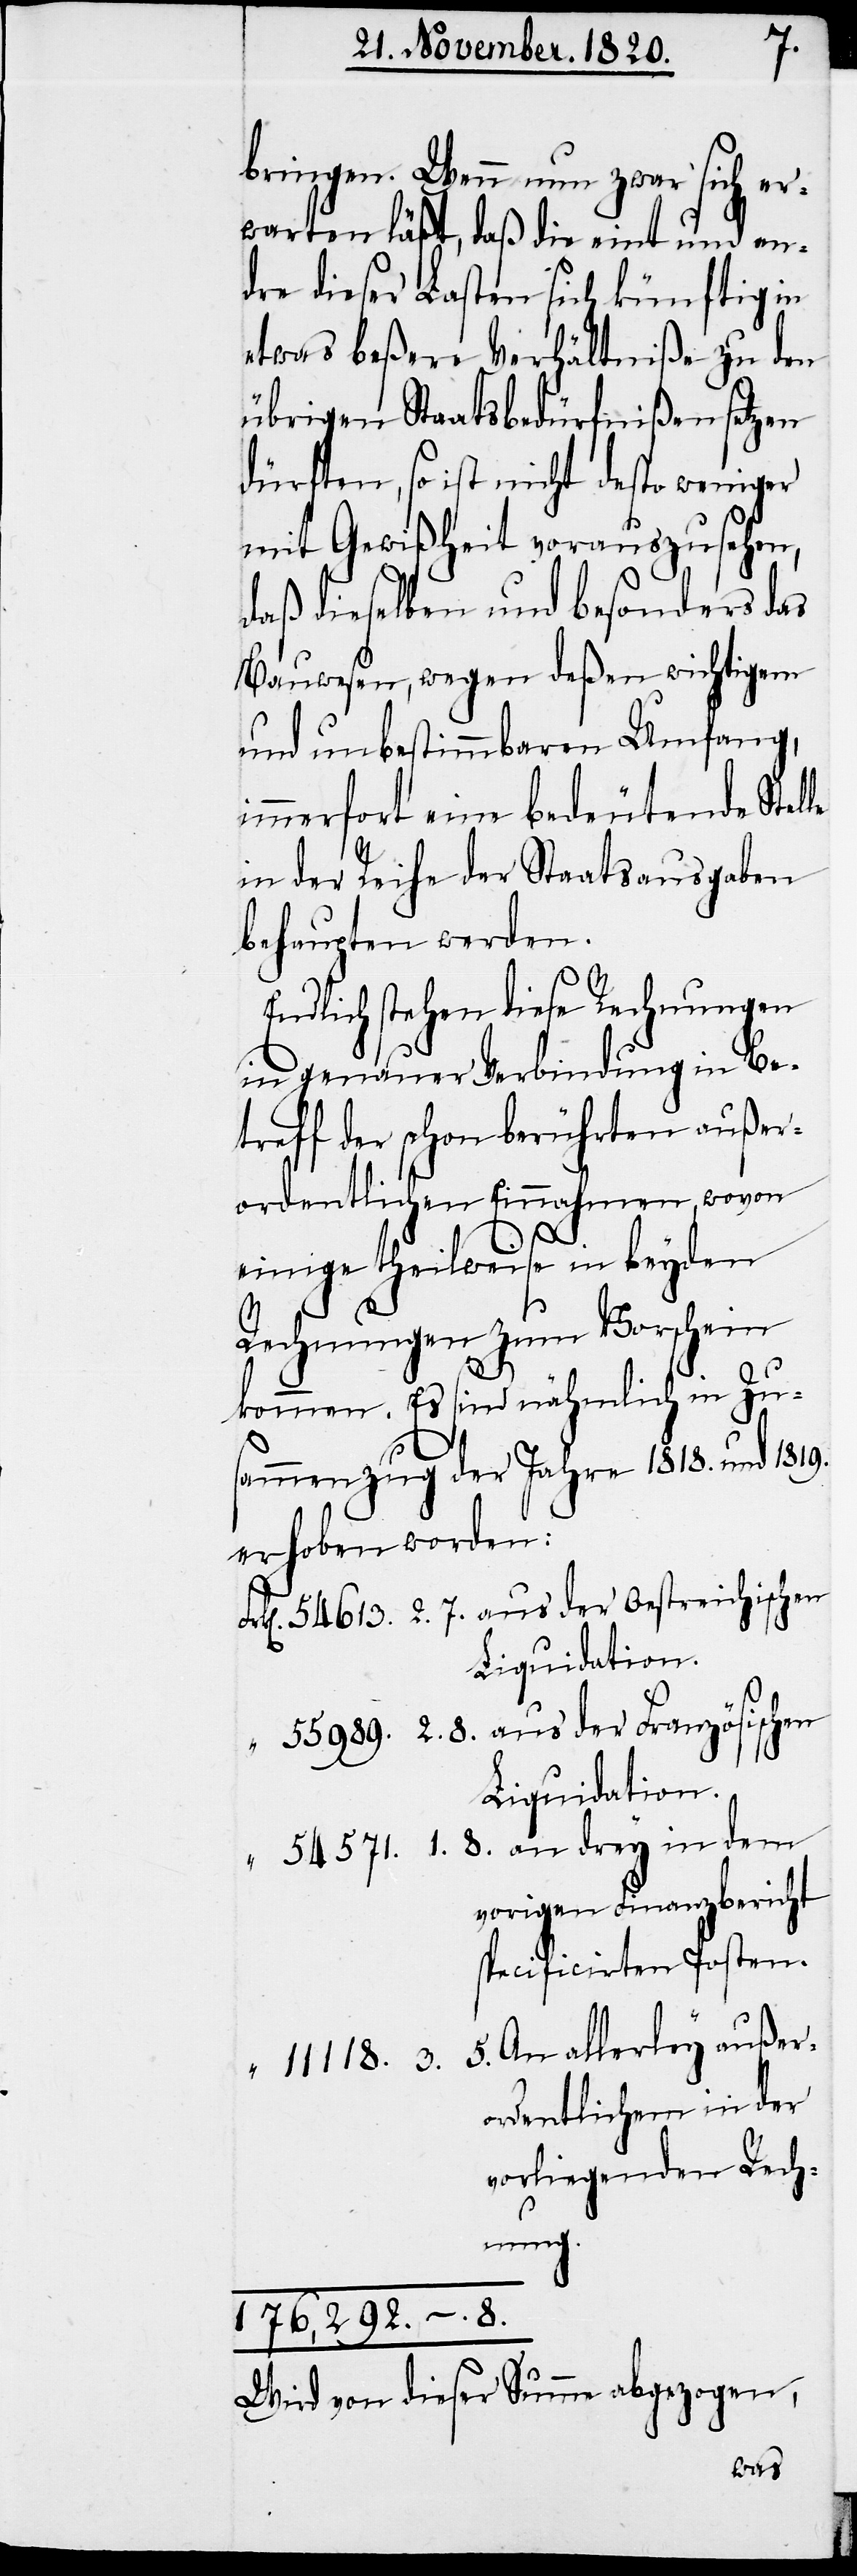
bringen. Wenn nun zwar sich er¬
warten läßt, daß die eint und an¬
dre dieser Lasten sich künftig in
etwas beßere Verhältniße zu den
übrigen Staatsbedürfnißen setzen
dürften, so ist nicht desto weniger
mit Gewißheit vorauszusehen,
daß dieselben und besonders das
Bauwesen, wegen deßen wichtigem
und unbestimmbaren Umfang,
immerfort eine bedeutende Stelle
in der Reihe der Staatsausgaben
behaupten werden.
Endlich stehen diese Rechnungen
in genauer Verbindung in Be¬
treff der schon berührten außer¬
ordentlichen Einnahmen, wovon
einige theilweise in beyden
1.
Rechnungen zum Vorschein
5.
Zu¬
kommen. Es sind nähmlich
sammenzug der Jahre 1818. und 1819.
erhoben worden:
Liquidation.
vorigen Finanzbericht
specificirten Posten.
An allerley außer¬
11 118. 3.
ordentlichen in der
vorliegenden Rech¬
nung.
176‘292. –. 8.
Wird von dieser Summe abgezogen,